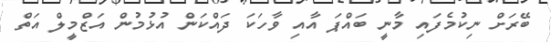
ބޭރަށް ނިކުމެފައި މާނީ ބައްޕަ އާއި ވާހަކަ ދައްކަން އުޅުމުން އަޒްމީލް އަތް